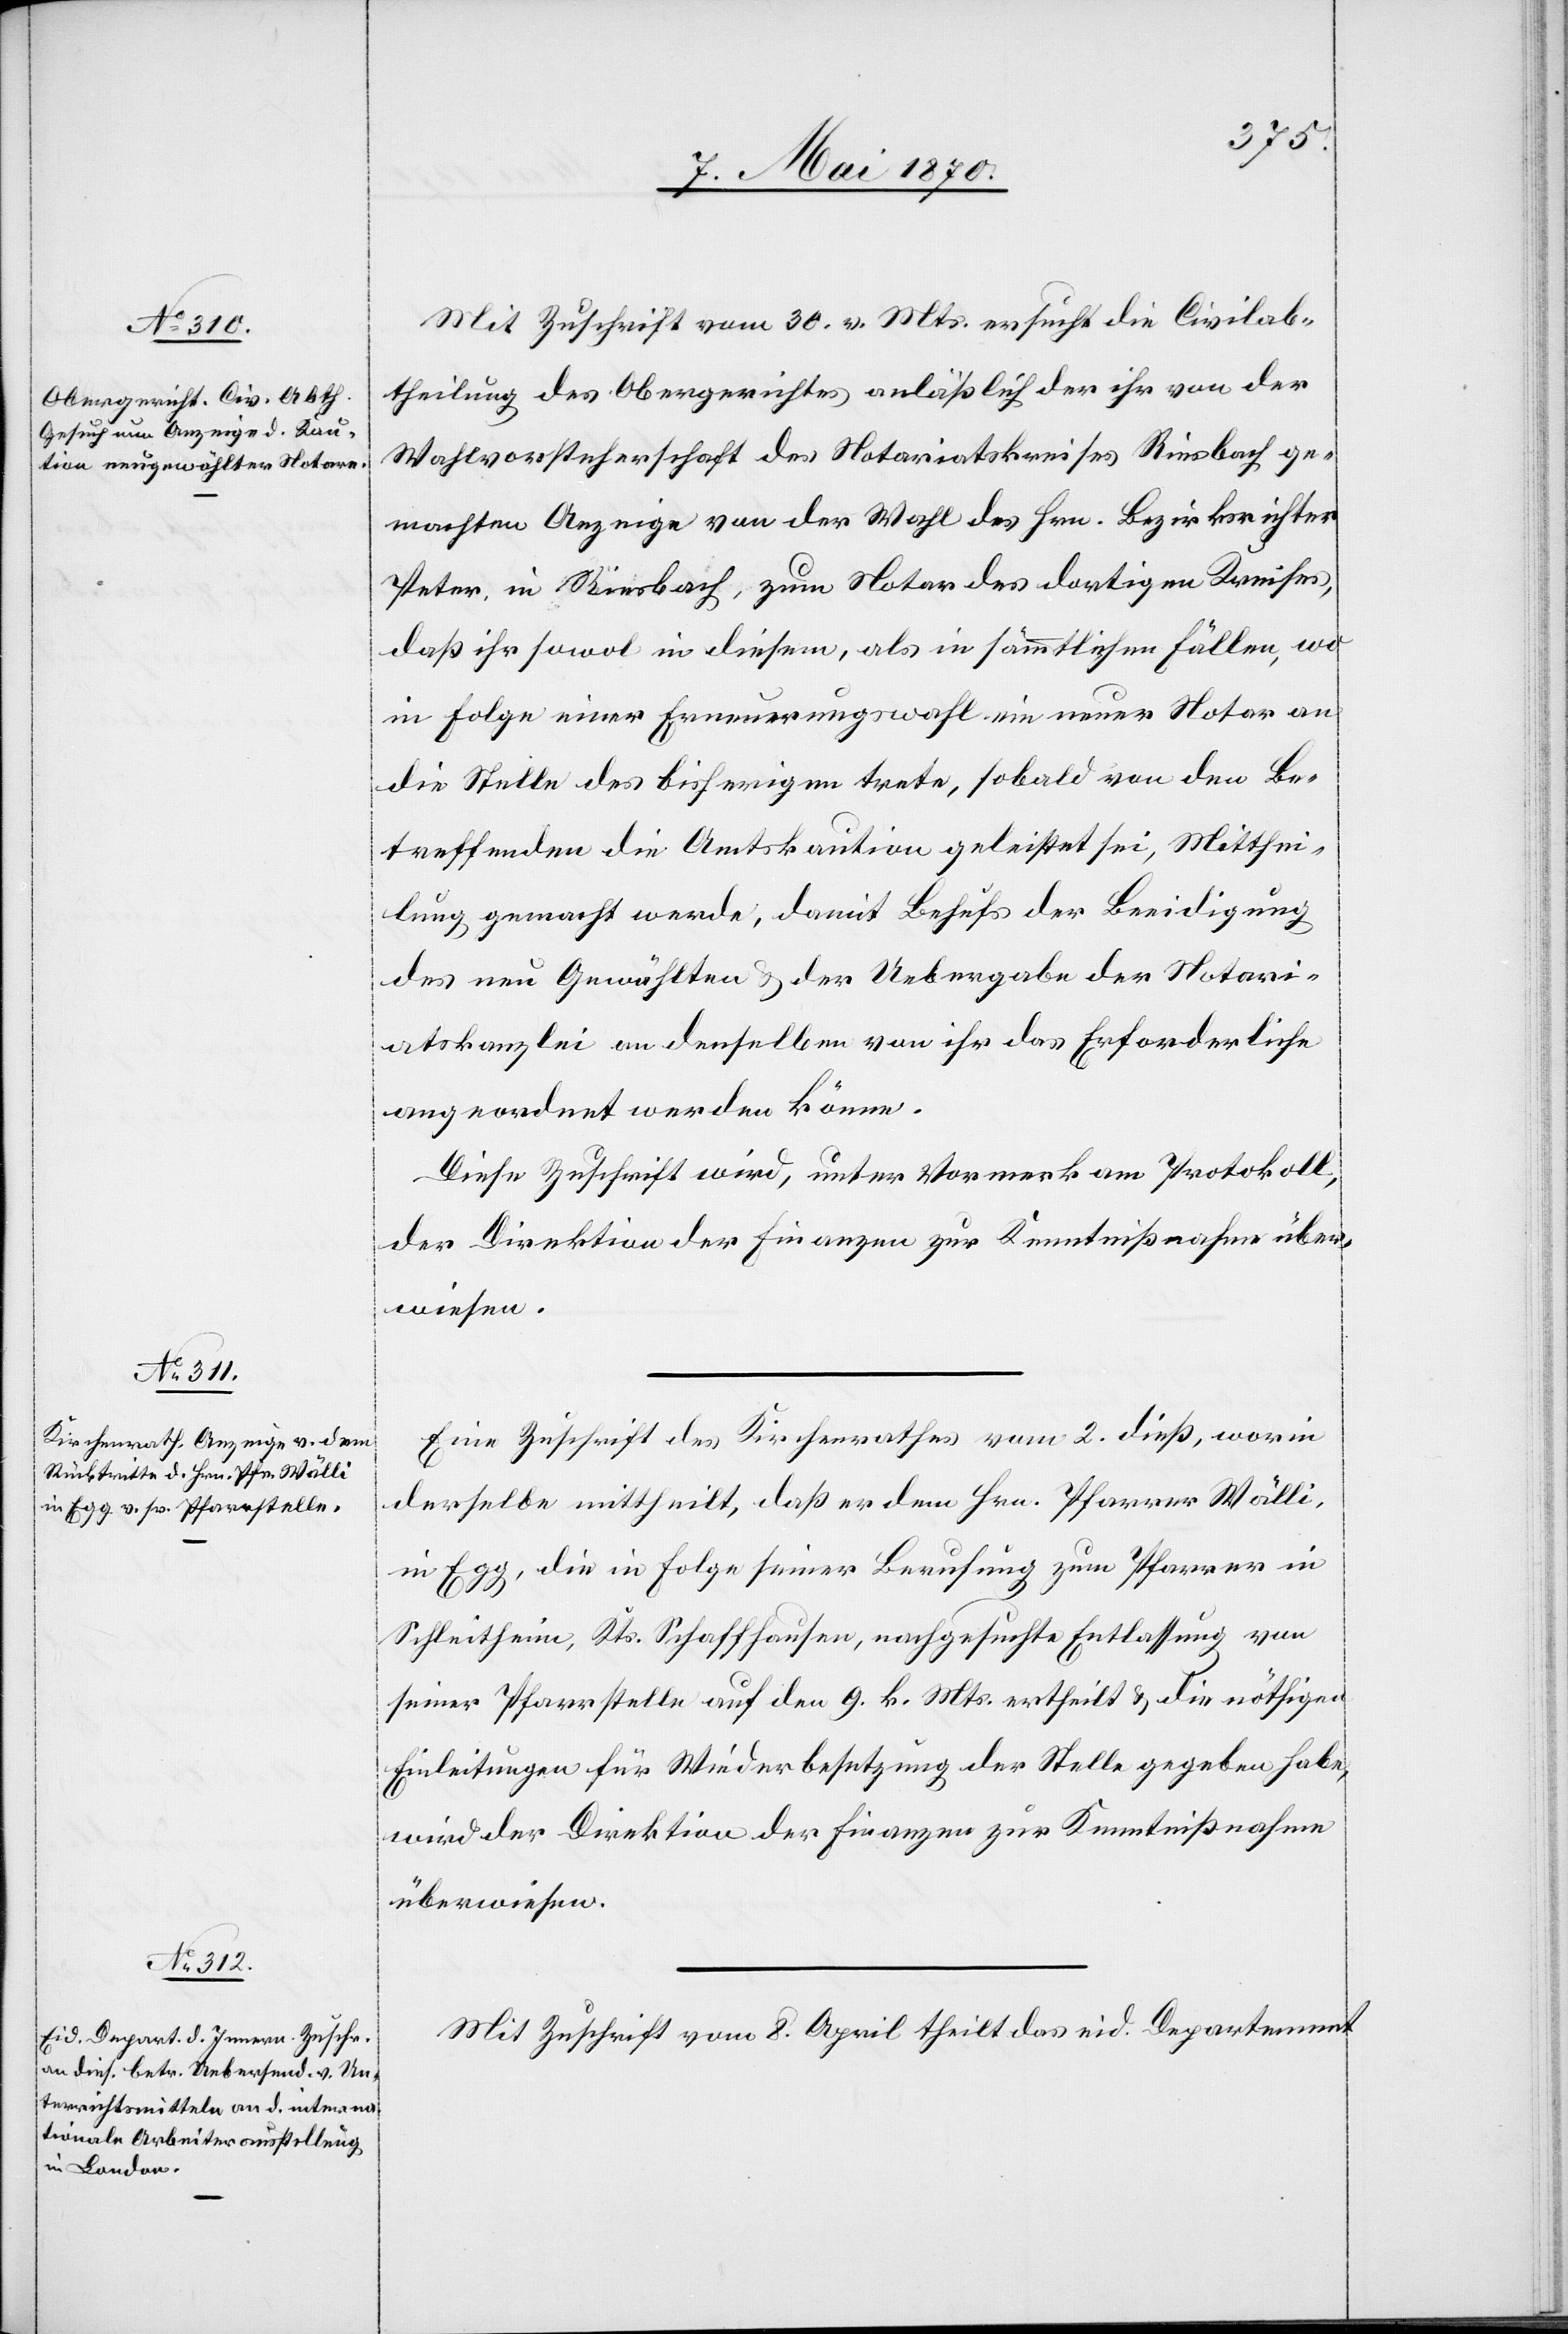
Mit Zuschrift vom 30. v. Mts. ersuchte die Civilab¬
theilung des Obergerichtes anläßlich der ihr von der
Wahlvorsteherschaft des Notariatskreises Riesbach ge¬
machten Anzeige von der Wahl des Hrn. Bezirksrichter
Peter, in Riesbach, zum Notar des dortigen Kreises,
daß ihr sowol in diesem, als in sämmtlichen Fällen, wo
in Folge einer Erneuerungswahl ein neuer Notar an
die Stelle des bisherigen trete, sobald von den Be¬
treffenden die Amtskaution geleistet sei, Mitthei¬
lung gemacht werde, damit Behufs der Beeidigung
des neu Gewählten & der Uebergabe der Notari¬
atskanzlei an denselben von ihr das Erforderliche
angeordnet werden könne.
Diese Zuschrift wird, unter Vormerk am Protokoll,
der Direktion der Finanzen zur Kenntnißnahme über¬
wiesen.
Eine Zuschrift des Kirchenrathes vom 2. dieß, worin
derselbe mittheilt, daß er dem Hrn. Pfarrer Wälli,
in Egg, die in Folge seiner Berufung zum Pfarrer in
Schleitheim, Kts. Schaffhausen, nachgesuchte Entlassung von
seiner Pfarrstelle auf den 9. k. Mts. ertheilt & die nöthigen
Einleitungen für Wiederbesetzung der Stelle gegeben habe,
wird der Direktion der Finanzen zur Kenntnißnahme
überwiesen.
Mit Zuschrift vom 8. April theilt das eid. Departement